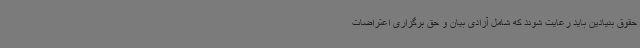
حقوق بنیادین باید رعایت شوند که شامل آزادی بیان و حق برگزاری اعتراضات